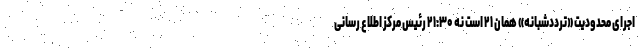
اجرای محدودیت «ترددشبانه» همان ۲۱ است نه ۲۱:۳۰ رئیس مرکز اطلاع رسانی